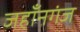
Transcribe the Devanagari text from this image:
जहाँनगंज